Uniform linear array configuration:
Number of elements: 4
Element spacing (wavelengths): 1
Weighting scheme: blackman
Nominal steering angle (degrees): -15
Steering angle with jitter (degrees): -15.24
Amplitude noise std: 0.05
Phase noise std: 0.05

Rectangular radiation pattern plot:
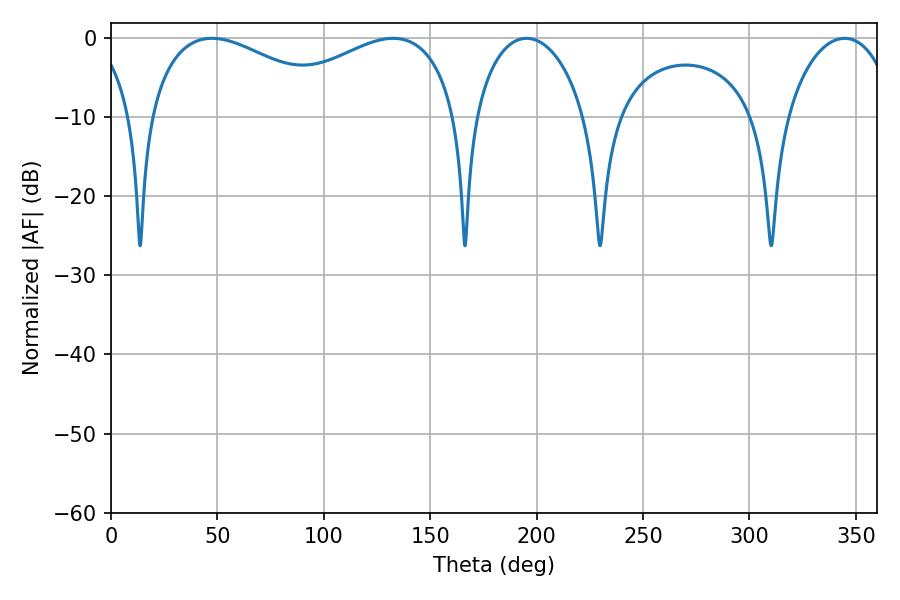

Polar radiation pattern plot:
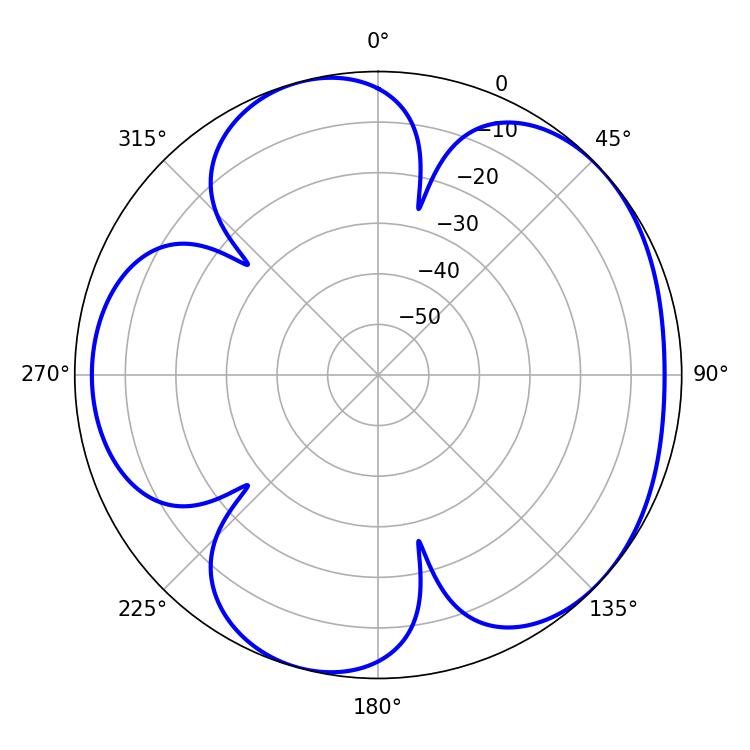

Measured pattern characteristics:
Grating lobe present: TRUE
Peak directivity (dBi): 4.794
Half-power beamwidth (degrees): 29.88
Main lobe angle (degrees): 344.7